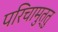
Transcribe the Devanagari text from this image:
परिचामुत्तु